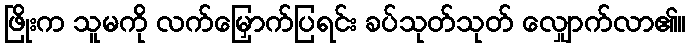
ဖြိုးက သူမကို လက်မြှောက်ပြရင်း ခပ်သုတ်သုတ် လျှောက်လာ၏။